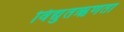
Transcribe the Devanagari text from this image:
विद्युतऋणता